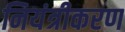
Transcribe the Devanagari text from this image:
नियंत्रीकरण